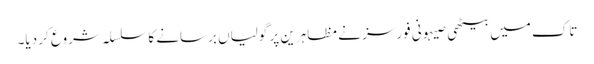
تاک میں بیٹھی صیہونی فورسز نے مظاہرین پر گولیاں برسانے کا سلسلہ شروع کر دیا۔